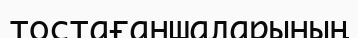
тостағаншаларының